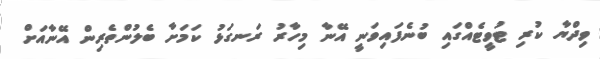
ވިދްޔާ ކުރި ޓުވީޓެއްގައި ބުނެފައިވަނީ އޭނާ މިހާރު ރަނގަޅު ކަމަށާ ބެލުންތެރިން އޭނާއަށް